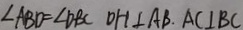
\angle A B D = \angle D B C D O H \bot A B . A C \bot B C